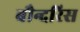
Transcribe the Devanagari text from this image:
बौन्दरिस